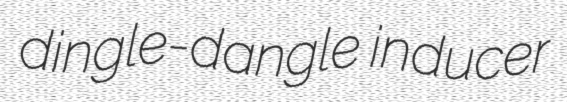
dingle-dangle inducer